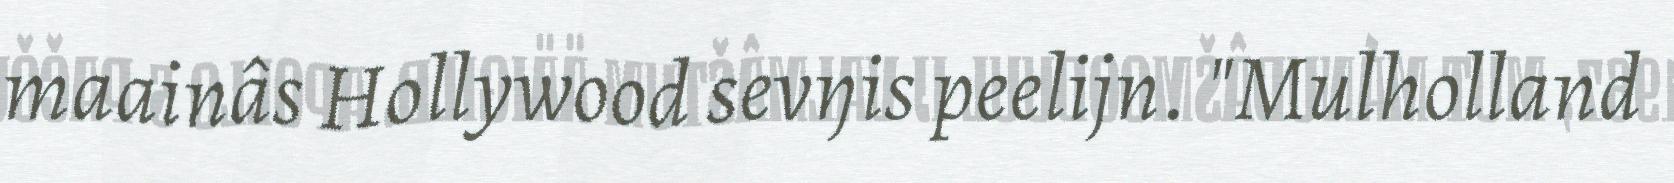
maainâs Hollywood sevŋis peelijn. "Mulholland